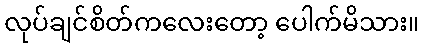
လုပ်ချင်စိတ်ကလေးတော့ ပေါက်မိသား။